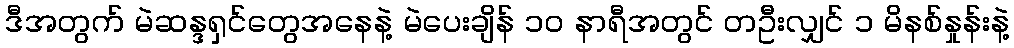
ဒီအတွက် မဲဆန္ဒရှင်တွေအနေနဲ့ မဲပေးချိန် ၁၀ နာရီအတွင် တဦးလျှင် ၁ မိနစ်နှုန်းနဲ့